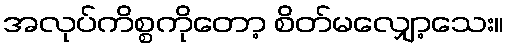
အလုပ်ကိစ္စကိုတော့ စိတ်မလျှော့သေး။